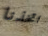
اتخذنا